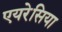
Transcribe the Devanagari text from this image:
एयरेसिया